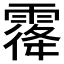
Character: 𱁡